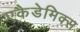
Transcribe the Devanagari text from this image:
एकैडेमिक्स